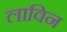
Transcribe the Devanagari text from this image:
लाविन